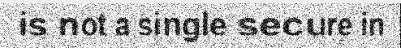
is not a single secure in